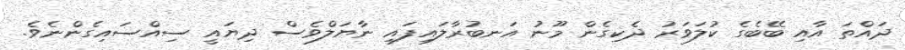
ދައްތަ އާއި ބޭބެގެ ކުލަވަރު ދެކިގެން މޫނު އަނބުރާލައިފައި ނާޔަލްވެސް ދިޔައީ ސިއްސައިގެންނެވެ.